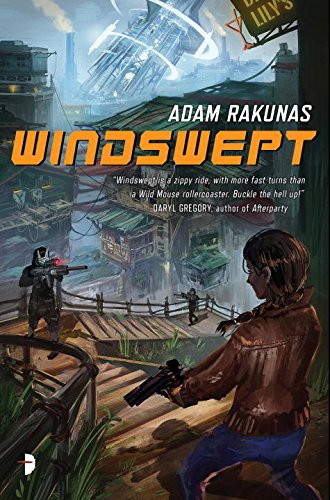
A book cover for Windswept: Windswept Book One; Adam Rakunas; Science Fiction & Fantasy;